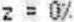
Z = 0%